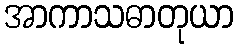
အာကာသဓာတုယာ